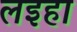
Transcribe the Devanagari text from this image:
लइहा